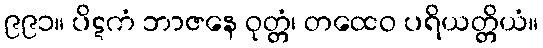
၉၉၁။ ပိဋကံ ဘာဇနေ ဝုတ္တံ၊ တထေဝ ပရိယတ္တိယံ။